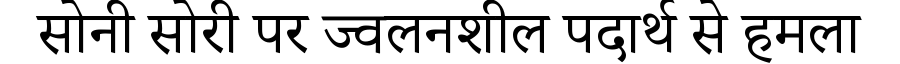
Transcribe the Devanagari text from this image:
सोनी सोरी पर ज्वलनशील पदार्थ से हमला